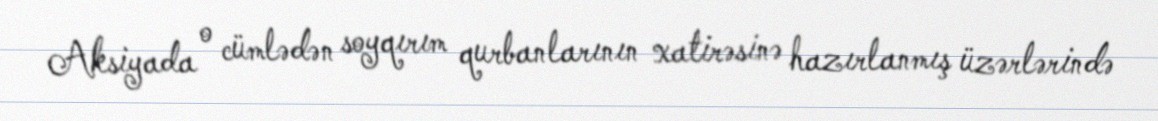
Aksiyada o cümlədən soyqırım qurbanlarının xatirəsinə hazırlanmış üzərlərində